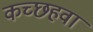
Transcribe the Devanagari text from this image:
कच्छहवा